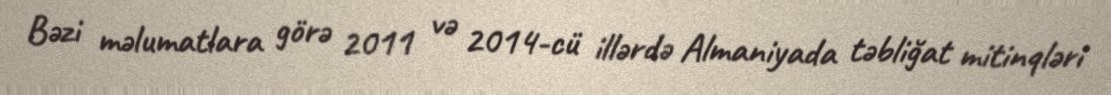
Bəzi məlumatlara görə 2011 və 2014-cü illərdə Almaniyada təbliğat mitinqləri